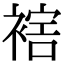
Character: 𧛪